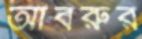
আবরুর